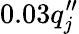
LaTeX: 0.03q_{j}^{\prime\prime}